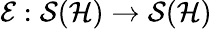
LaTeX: \mathcal{E}:\mathcal{S}(\mathcal{H})\rightarrow\mathcal{S}(\mathcal{H})